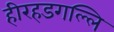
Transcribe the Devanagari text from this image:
हीरहडगल्लि